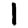
Digit: 1